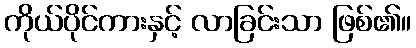
ကိုယ်ပိုင်ကားနှင့် လာခြင်းသာ ဖြစ်၏။